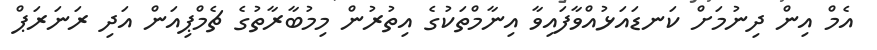
އެމް އިން ދިނުމަށް ކަނޑައަޅުއްވާފައިވާ އިނާމްތަކުގެ އިތުރުން މިމުބާރާތުގެ ޗެމްޕިއަން އަދި ރަނަރަޕް